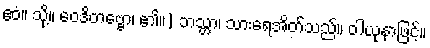
ဧဝံ။ သို့။ ဝေဒိတဗ္ဗော၊ ၏။) ဘသ္တာ၊ သားရေအိတ်သည်။ ဝါယုနာဖြင့်။